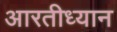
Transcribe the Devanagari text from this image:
आरतीध्यान